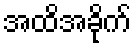
အထိအခိုက်